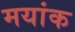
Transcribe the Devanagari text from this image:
मयांक